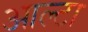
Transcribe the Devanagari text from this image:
आल्टा